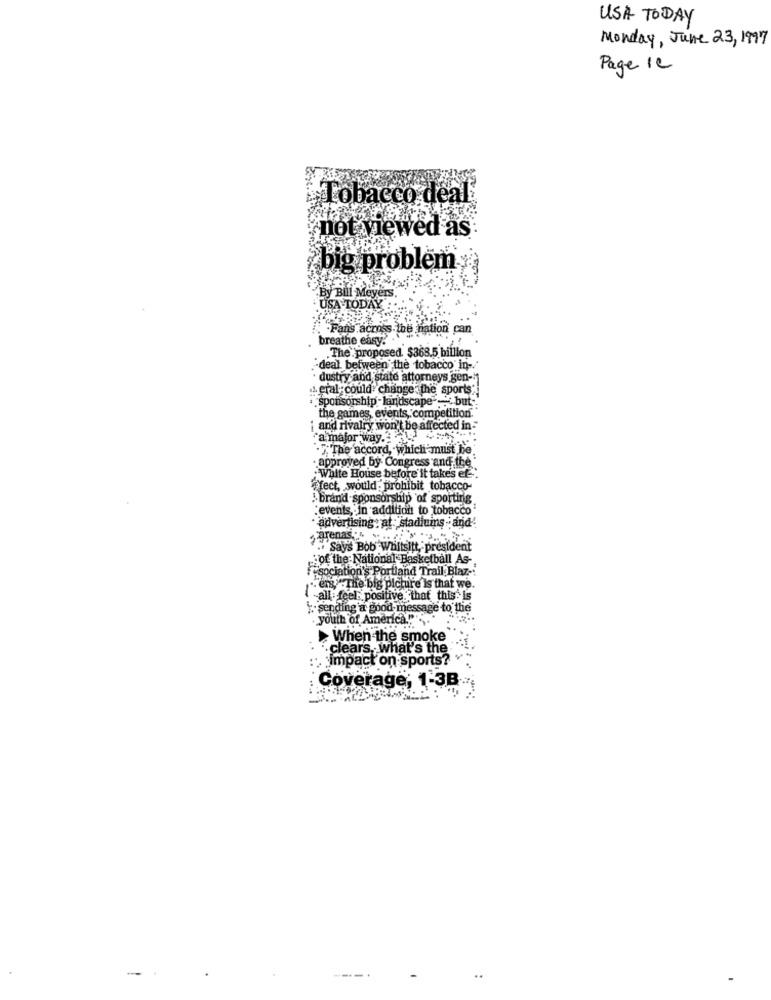
USA TODAY
Monday, June 23, 1997
Page 12
Tobacco deal
not viewed as:
# big problem
By Bill Meyers
.USA TODAY
Fans across the nation can
breathe easy ..
.The proposed $368.5 billion
-deal between the tobacco in-
dustry and state attorneys gen-
. eral- could change the sports
sponsorship -landscape ... but-
the games, events, competition.
i and rivalry won't be affected in-
"a major way."le) ="
.y.The accord, which must be
· approved by. Congress and the *
: White House before it takes ef.
efect, would: prohibit tobacco-
&brand sponsorship of sporting
events, In addition to tobacco
· advertising: at: stadiuins and
."Says Bob Whitsitt, president
of the National Basketball As-
"sociation's Portland Trail Blaz-
"es " The big picture is that we.
-all feel: positive, that this Is
: sending a good message to the
youth of America!".
. When the smoke
clears, what's the
impact on sports?
Coverage, 1-3B